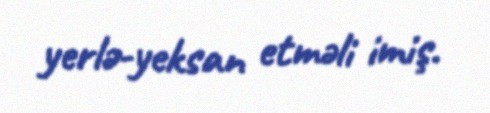
yerlə-yeksan etməli imiş.